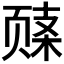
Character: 𬱧